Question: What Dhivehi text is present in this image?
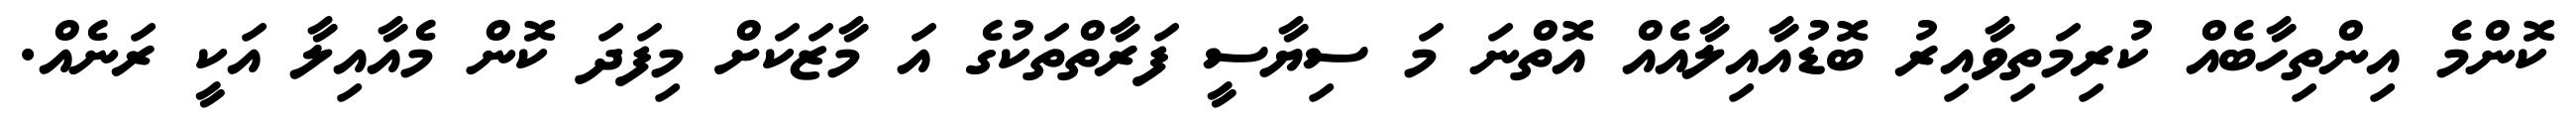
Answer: ކޮންމެ އިންތިހާބެއް ކުރިމަތިވާއިރު ބޮޑުއާއިލާއެއް އޮތްނަ މަ ސިޔާސީ ފަރާތްތަކުގެ އަ މާޒަކަށް މިފަދަ ކޮން މެއާއިލާ އަކީ ރަނެއް.